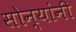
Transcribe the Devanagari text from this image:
सोन्यांनी